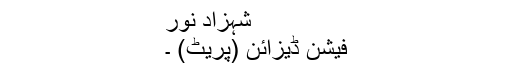
شہزاد نور
فیشن ڈیزائن (پریٹ) ۔